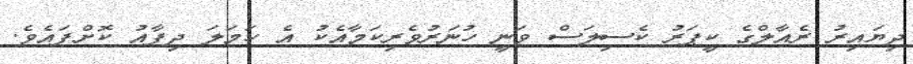
ދިޔައިރު ރެއާލްގެ ކީޕަރު ކެސިލަސް ވަނީ ހުނަރުވެރިކަމާއެކު އެ ހަމަލަ ދިފާއު ކޮށްފައެވެ.